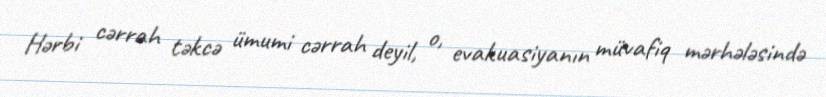
Hərbi cərrah təkcə ümumi cərrah deyil, o, evakuasiyanın müvafiq mərhələsində